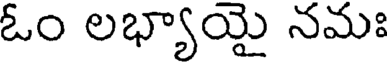
ఓం లభ్యాయై నమః